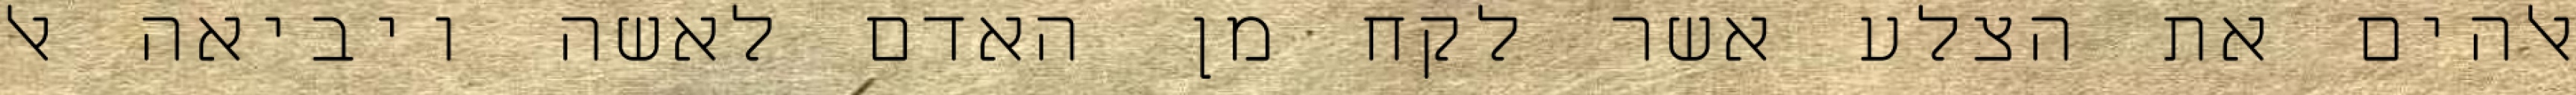
אלהים את הצלע אשר לקח מן האדם לאשה ויביאה אל